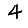
Digit: 4